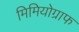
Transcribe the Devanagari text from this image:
मिमियोग्राफ